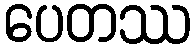
ပေတဿ